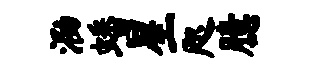
泐蟠星咫臆